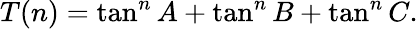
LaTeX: T(n)=\tan^{n}{A}+\tan^{n}{B}+\tan^{n}{C}.